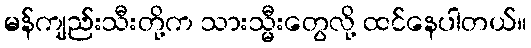
မန်ကျည်းသီးတို့က သားသ္မီးတွေလို့ ထင်နေပါတယ်။